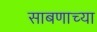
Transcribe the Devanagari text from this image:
साबणाच्या